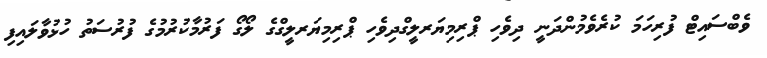
ވެބްސައިޓް ފުރިހަމަ ކުރެވެމުންދަނީ ދިވެހި ޕްރިމިޔަރލީގްދިވެހި ޕްރިމިޔަރލީގްގެ ލޯގޯ ފަރުމާކުރުމުގެ ފުރުސަތު ހުޅުވާލައިފި